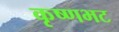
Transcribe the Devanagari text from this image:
कृष्णभट